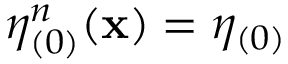
\eta _ { ( 0 ) } ^ { n } ( \mathbf { x } ) = \eta _ { ( 0 ) }